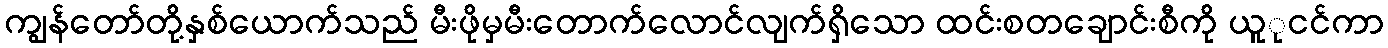
ကျွန်တော်တို့နှစ်ယောက်သည် မီးဖိုမှမီးတောက်လောင်လျက်ရှိသော ထင်းစတချောင်းစီကို ယူုငင်ကာ